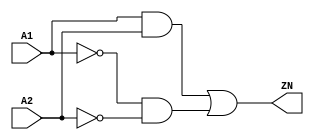
// Copyright 2022 GlobalFoundries PDK Authors
//
// Licensed under the Apache License, Version 2.0 (the "License");
// you may not use this file except in compliance with the License.
// You may obtain a copy of the License at
//
//      http://www.apache.org/licenses/LICENSE-2.0
//
// Unless required by applicable law or agreed to in writing, software
// distributed under the License is distributed on an "AS IS" BASIS,
// WITHOUT WARRANTIES OR CONDITIONS OF ANY KIND, either express or implied.
// See the License for the specific language governing permissions and
// limitations under the License.

module gf180mcu_fd_sc_mcu9t5v0__xnor2_4( A2, A1, ZN );
input A1, A2;
output ZN;

	wire ZN_row1;

	and MGM_BG_0( ZN_row1, A1, A2 );

	wire A1_inv_for_gf180mcu_fd_sc_mcu9t5v0__xnor2_4;

	not MGM_BG_1( A1_inv_for_gf180mcu_fd_sc_mcu9t5v0__xnor2_4, A1 );

	wire A2_inv_for_gf180mcu_fd_sc_mcu9t5v0__xnor2_4;

	not MGM_BG_2( A2_inv_for_gf180mcu_fd_sc_mcu9t5v0__xnor2_4, A2 );

	wire ZN_row2;

	and MGM_BG_3( ZN_row2, A1_inv_for_gf180mcu_fd_sc_mcu9t5v0__xnor2_4, A2_inv_for_gf180mcu_fd_sc_mcu9t5v0__xnor2_4 );

	or MGM_BG_4( ZN, ZN_row1, ZN_row2 );

endmodule